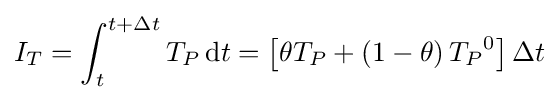
I_{T}=\int _{t}^{t+\Delta t}T_{P}\,\mathrm {d} t=\left[\theta T_{P}+\left(1-\theta \right){T_{P}}^{0}\right]\Delta t